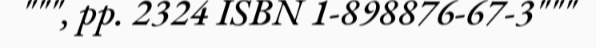
""", pp. 2324 ISBN 1-898876-67-3"""